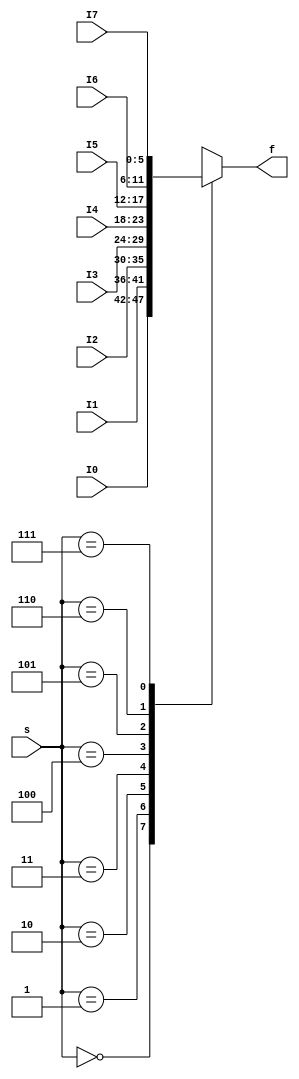
`timescale 1ns / 1ps
//////////////////////////////////////////////////////////////////////////////////
// Company: 
// Engineer: 
// 
// Design Name: 
// Module Name: mux_8x1_nbit
// Project Name: 
// Target Devices: 
// Tool Versions: 
// Description: 
// 
// Dependencies: 
// 
// Revision:
// Revision 0.01 - File Created
// Additional Comments:
// 
//////////////////////////////////////////////////////////////////////////////////


module mux_8x1_nbit#(parameter N = 6) (
    input [N - 1: 0] I0, I1, I2, I3, I4, I5, I6, I7,
    input [2:0] s,
    output reg [N - 1: 0] f
    );
    
    always @(I0, I1, I2, I3, I4, I5, I6, I7, s)
    begin
        case(s)
            3'b000: f = I0;
            3'b001: f = I1;
            3'b010: f = I2;
            3'b011: f = I3;
            3'b100: f = I4;
            3'b101: f = I5;
            3'b110: f = I6;
            3'b111: f = I7;
            default: f = 'bx;
        endcase
    end
    
    
    
endmodule